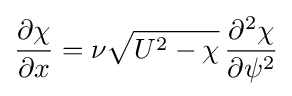
{\frac {\partial \chi }{\partial x}}=\nu {\sqrt {U^{2}-\chi }}\,{\frac {\partial ^{2}\chi }{\partial \psi ^{2}}}